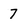
Character: 7